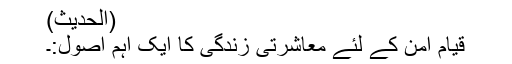
(الحدیث)
قیام امن کے لئے معاشرتی زندگی کا ایک اہم اصول:۔